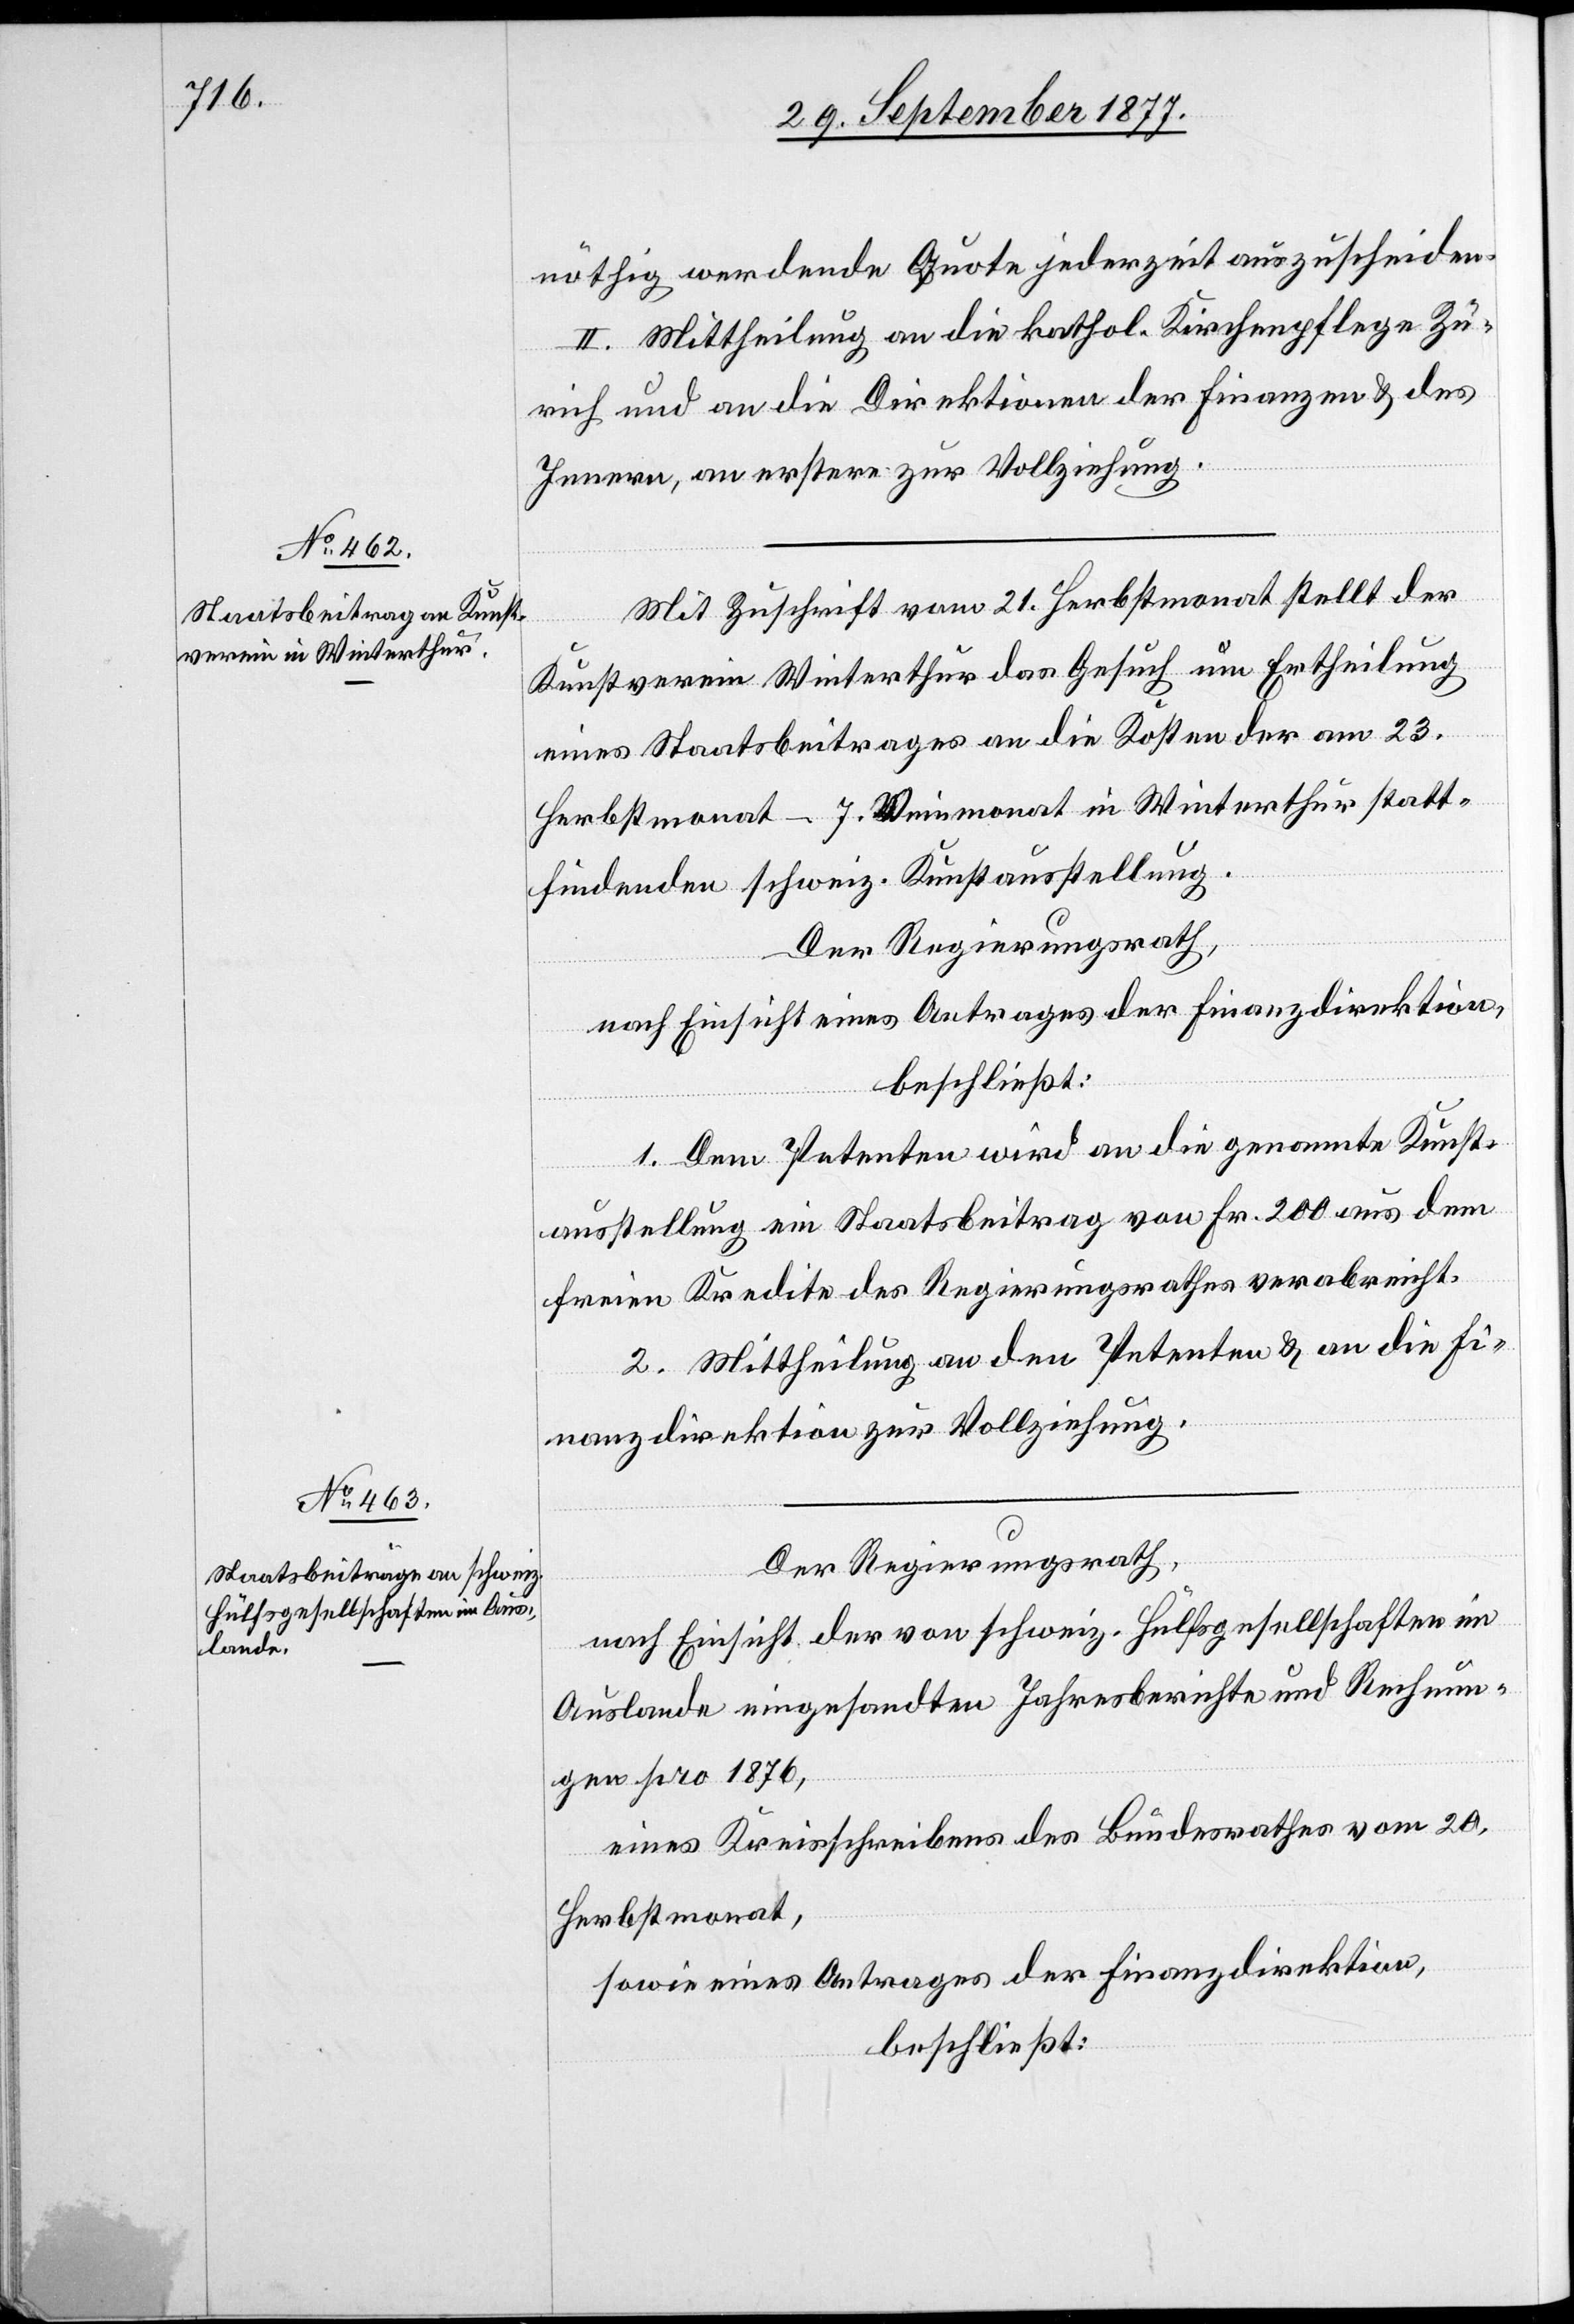
nöthig werdende Quote jederzeit auszuscheiden.
II. Mittheilung an die kathol. Kirchenpflege Zü¬
rich und an die Direktionen der Finanzen & des
Innern, an erstere zur Vollziehung.
Mit Zuschrift vom 21. Herbstmonat stellt der
Kunstverein Winterthur das Gesuch um Ertheilung
eines Staatsbeitrages an die Kosten der am 23.
Herbstmonat – 7. Weinmonat in Winterthur statt¬
findenden schweiz. Kunstausstellung.
Der Regierungsrath,
nach Einsicht eines Antrages der Finanzdirektion,
beschließt:
1. Dem Petenten wird an die genannte Kunst¬
ausstellung ein Staatsbeitrag von Fr. 200 aus dem
freien Kredite des Regierungsrathes verabreicht.
2. Mittheilung an den Petenten & an die Fi¬
nanzdirektion zur Vollziehung.
Der Regierungsrath,
nach Einsicht der von schweiz. Hülfsgesellschaften im
Auslande eingesandten Jahresberichte und Rechnun¬
gen pro 1876,
eines Kreisschreibens des Bundesrathes vom 20.
Herbstmonat,
sowie eines Antrages der Finanzdirektion,
beschließt: